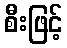
စီးဖြင့်